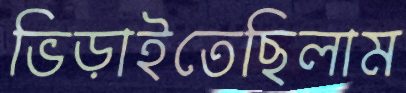
ভিড়াইতেছিলাম